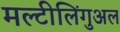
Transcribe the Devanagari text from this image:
मल्टीलिंगुअल